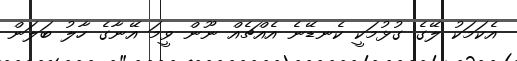
އެކަމަކު ލޭގެ ގުޅުމަކީ ކެނޑޭނެ އެއްޗެއް ނޫން ވީމަ އޭނާގެ ހާލު ބަލަން